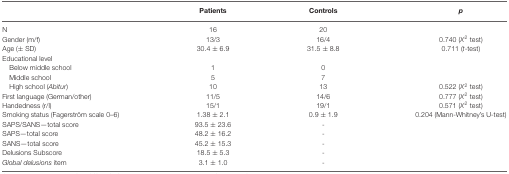
<table><thead><tr><td></td><td><b>Patients</b></td><td><b>Controls</b></td><td><b><i>p</i></b></td></tr></thead><tbody><tr><td>N</td><td>16</td><td>20</td><td></td></tr><tr><td>Gender (m/f)</td><td>13/3</td><td>16/4</td><td>0.740 (<i>X</i><sup>2</sup> test)</td></tr><tr><td>Age (± SD)</td><td>30.4 ± 6.9</td><td>31.5 ± 8.8</td><td>0.711 (<i>t</i>-test)</td></tr><tr><td>Educational level</td></tr><tr><td>Below middle school</td><td>1</td><td>0</td><td></td></tr><tr><td>Middle school</td><td>5</td><td>7</td><td></td></tr><tr><td>High school (<i>Abitur</i>)</td><td>10</td><td>13</td><td>0.522 (<i>X</i><sup>2</sup> test)</td></tr><tr><td>First language (German/other)</td><td>11/5</td><td>14/6</td><td>0.777 (<i>X</i><sup>2</sup> test)</td></tr><tr><td>Handedness (r/l)</td><td>15/1</td><td>19/1</td><td>0.571 (<i>X</i><sup>2</sup> test)</td></tr><tr><td>Smoking status (Fagerström scale 0–6)</td><td>1.38 ± 2.1</td><td>0.9 ± 1.9</td><td>0.204 (Mann-Whitney’s U-test)</td></tr><tr><td>SAPS/SANS—total score</td><td>93.5 ± 23.6</td><td>-</td><td></td></tr><tr><td>SAPS—total score</td><td>48.2 ± 16.2</td><td>-</td><td></td></tr><tr><td>SANS—total score</td><td>45.2 ± 15.3</td><td>-</td><td></td></tr><tr><td>Delusions Subscore</td><td>18.5 ± 5.3</td><td>-</td><td></td></tr><tr><td><i>Global delusions</i> item</td><td>3.1 ± 1.0</td><td>-</td><td></td></tr></tbody></table>